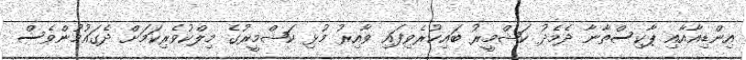
އިންޑިއާއާއި ޕާކިސްތާނާ ދެމެދު ކަޝްމީރު ބައިކުރެވިފައި ވާއިރު މުޅި ކަޝްމީރުގެ މިލްކުވެރިކަމަށް ދެގައުމުންވެސް